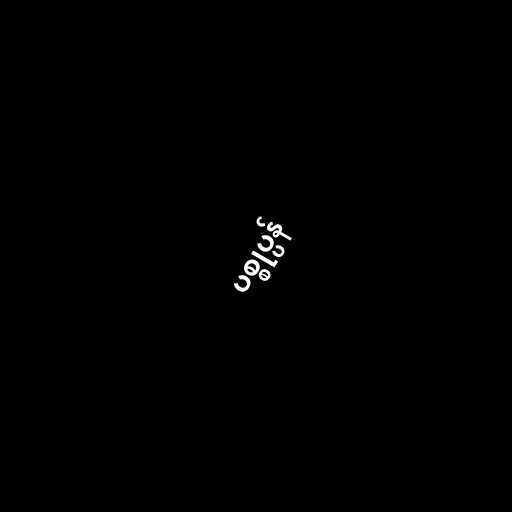
ပစ္စုပ္ပန်